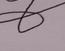
Signature authenticity: forged